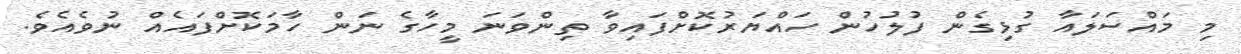
މި މައްސަލައާ ގުޅިގެން ފުލުހުން ހައްޔަރުކޮށްފައިވާ ތިންވަނަ މީހާގެ ނަން ހާމަކޮށްފައެއް ނުވެއެވެ.